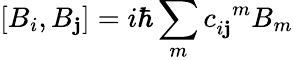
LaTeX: \left[B_{i},B_{\mathbf{j}}\right]=i\hbar\sum_{m}c_{i\mathbf{j}}^{\; \; m}B_{m}